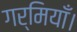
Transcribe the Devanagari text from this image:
गर्मियाँ।